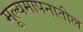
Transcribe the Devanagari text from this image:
मूल्यमापनातील